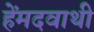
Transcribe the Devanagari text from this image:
हेंमदवाथी